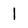
Character: 1